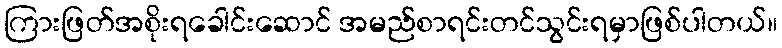
ကြားဖြတ်အစိုးရခေါင်းဆောင် အမည်စာရင်းတင်သွင်းရမှာဖြစ်ပါတယ်။